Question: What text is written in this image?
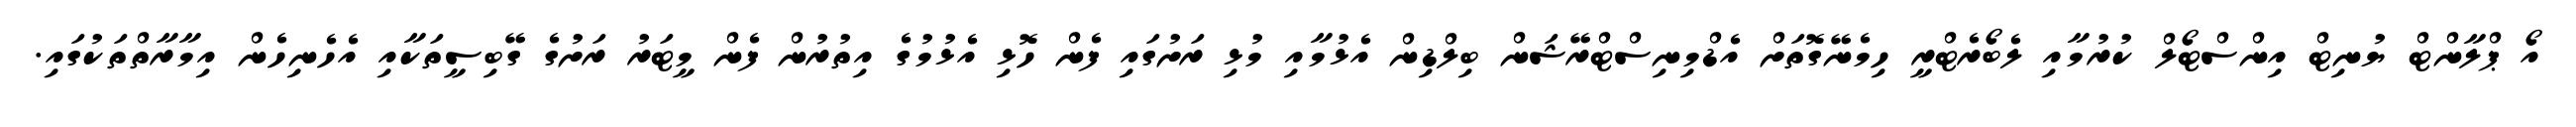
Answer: އޯ ޕްލާންޓް ޔުނިޓް އިންސްޓޯލް ކުރުމާއި ލެބޯރެޓްރީ ހިމެނޭގޮތަށް އެޑްމިނިސްޓްރޭޝަން ބިލްޑިން އެޅުމާއި މުޅި ރަށުގައި ފެން ހޮޅި އެޅުމުގެ އިތުރުން ފެން މީޓަރު ރަށުގެ ގޭބިސީތަކާއި އެހެނިހެން އިމާރާތްތަކުގައި.